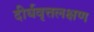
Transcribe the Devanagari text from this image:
दीर्घवृत्तलक्षण